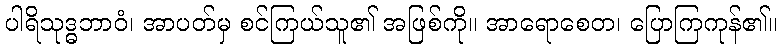
ပါရိသုဒ္ဓဘာဝံ၊ အာပတ်မှ စင်ကြယ်သူ၏ အဖြစ်ကို။ အာရောစေတ၊ ပြောကြကုန်၏။